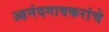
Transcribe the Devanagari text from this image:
आनंदगावकरांचे